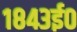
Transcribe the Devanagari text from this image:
१८४३ई०